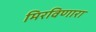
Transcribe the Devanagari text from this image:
मिरविणारा